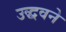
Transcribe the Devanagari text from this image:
उद्धवने